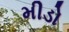
મીડો